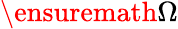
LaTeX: \ensuremath{\Omega}